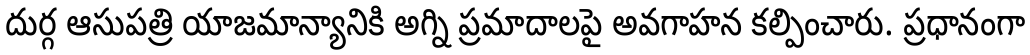
దుర్గ ఆసుపత్రి యాజమాన్యానికి అగ్ని ప్రమాదాలపై అవగాహన కల్పించారు. ప్రధానంగా